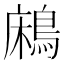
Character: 𪁱